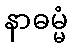
နာဓမ္မံ